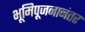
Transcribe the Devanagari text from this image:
भूमिपूजनानंतर